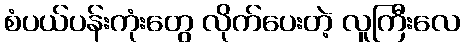
စံပယ်ပန်းကုံးတွေ လိုက်ပေးတဲ့ လူကြီးလေ